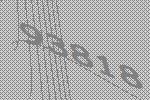
93818